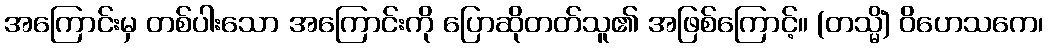
အကြောင်းမှ တစ်ပါးသော အကြောင်းကို ပြောဆိုတတ်သူ၏ အဖြစ်ကြောင့်။ (တသ္မိံ) ဝိဟေသကေ၊